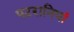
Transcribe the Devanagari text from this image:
पटरानियां